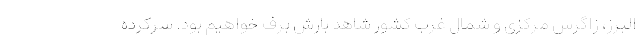
البرز، زاگرس مرکزی و شمال غرب کشور شاهد بارش برف خواهیم بود. سرکرده